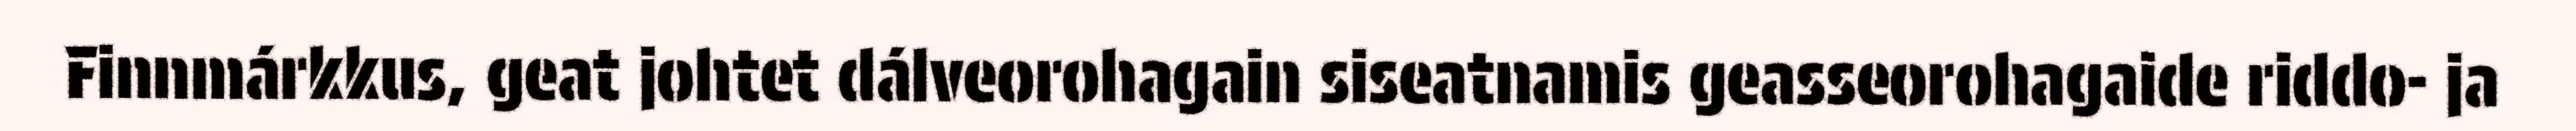
Finnmárkkus, geat johtet dálveorohagain siseatnamis geasseorohagaide riddo- ja